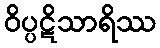
ဝိပ္ပဋိသာရိဿ